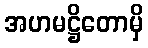
အဟမဋ္ဌိတောမှိ